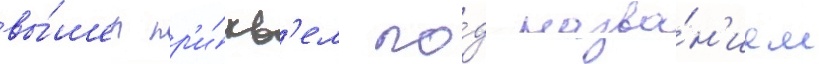
вы́шел пр'и́кв'ел по́д назва́н'ием